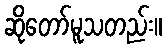
ဆိုတော်မူသတည်း။